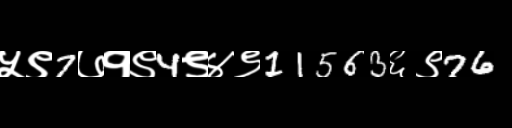
Text: ५९7७१९4९४९11563६९76